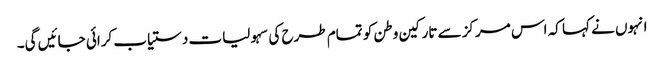
انہوں نے کہا کہ اس مرکز سے تارکین وطن کو تمام طرح کی سہولیات دستیاب کرائی جائیں گی۔